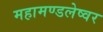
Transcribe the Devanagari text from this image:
महामण्डलेष्वर